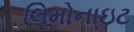
લિમોનાઇટ